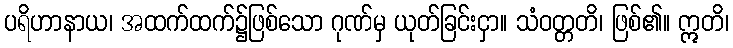
ပရိဟာနာယ၊ အထက်ထက်၌ဖြစ်သော ဂုဏ်မှ ယုတ်ခြင်းငှာ။ သံဝတ္တတိ၊ ဖြစ်၏။ ဣတိ၊